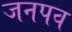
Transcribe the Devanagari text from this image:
जनपव